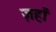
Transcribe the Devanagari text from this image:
ज़हाँ